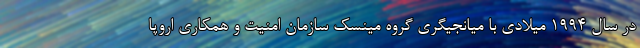
در سال ۱۹۹۴ میلادی با میانجیگری گروه مینسک سازمان امنیت و همکاری اروپا